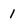
Character: 1